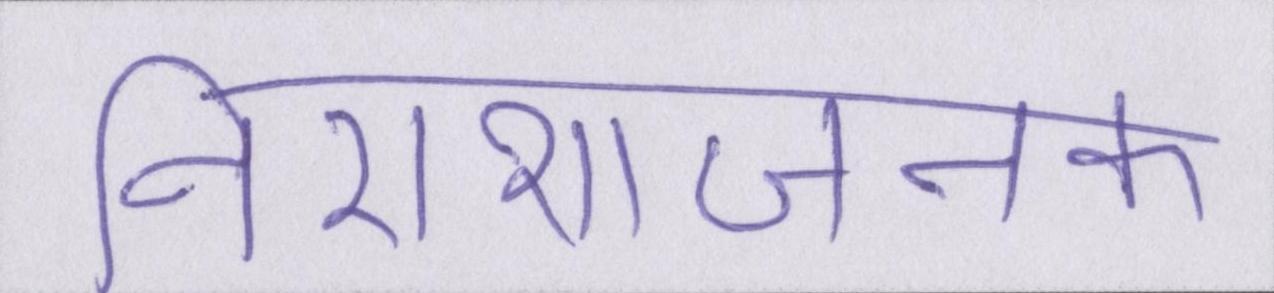
निराशाजनक